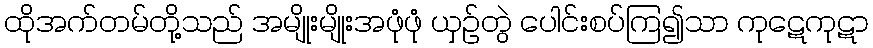
ထိုအက်တမ်တို့သည် အမျိုးမျိုးအဖုံဖုံ ယှဉ်တွဲ ပေါင်းစပ်ကြ၍သာ ကုဋေကုဋာ